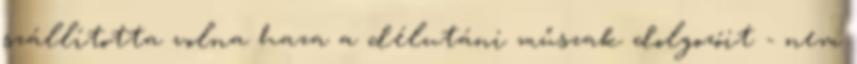
szállította volna haza a délutáni műszak dolgozóit - nem